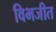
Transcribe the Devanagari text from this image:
विभजीत